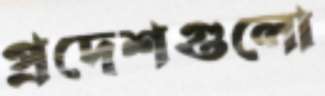
প্রদেশগুলো